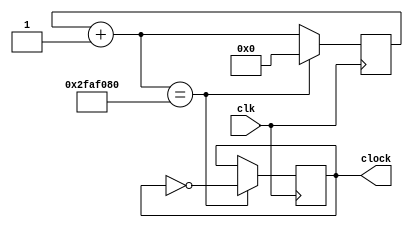
module div_frequencia (input wire clk, output reg clock = 0);

	reg [31:0] cont = 0;

	always @ (posedge clk)
	begin
		cont = cont + 1;
		
		if(cont == 50000000)
		begin
			clock = ~clock;
			cont = 0;
		end
	end

endmodule